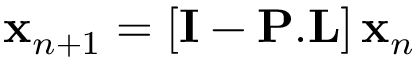
{ \bf x } _ { n + 1 } = \left[ { \bf I } - { \bf P } . { \bf L } \right] { \bf x } _ { n }